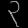
Digit: ၃